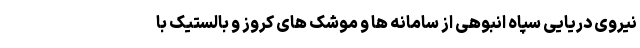
نیروی دریایی سپاه انبوهی از سامانه ها و موشک های کروز و بالستیک با